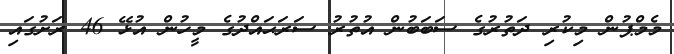
މެމްޕުން މިކުރި ދަތުރުގެ ސަބަބުން އުތުރު ސަރަޙައްދުގެ މީހުން އުޅޭ 46 ރަށުގައި